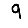
Digit: 9